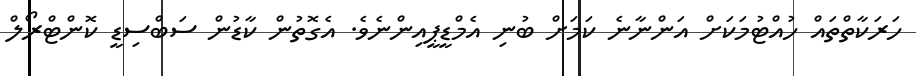
ހަރަކާތްތައް ހުއްޓުމަކަށް އަންނާނެ ކަމަށް ބުނި އެމްޑީޕީއިންނެވެ. އެގޮތުން ކާޑުން ސަބްސިޑީ ކޮންޓްރޯލް